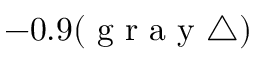
- 0 . 9 ( \mathrm { ~ g ~ r ~ a ~ y ~ } \bigtriangleup )